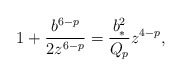
\begin{align*}1+{{b^{6-p}}\over{2z^{6-p}}}={{b^2_*}\over{Q_p}}z^{4-p},\end{align*}